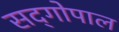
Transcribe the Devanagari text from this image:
सद्‍गोपाल